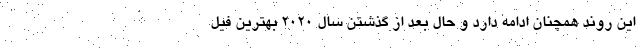
این روند همچنان ادامه دارد و حال بعد از گذشتن سال 2020 بهترین فیل